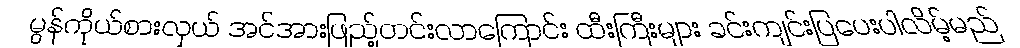
မွန်ကိုယ်စားလှယ် အင်အားဖြည့်တင်းလာကြောင်း ထီးကြီးများ ခင်းကျင်းပြပေးပါလိမ့်မည်